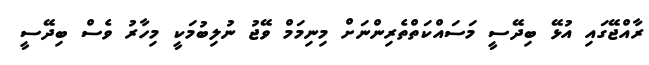
ރާއްޖޭގައި އުޅޭ ބިދޭސީ މަސައްކަތްތެރިންނަށް މިނިމަމް ވޭޖު ނުލިބުމަކީ މިހާރު ވެސް ބިދޭސީ